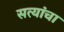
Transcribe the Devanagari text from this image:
सत्यांचा